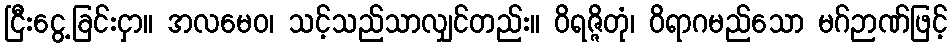
ငြီးငွေ့ခြင်းငှာ။ အလမေဝ၊ သင့်သည်သာလျှင်တည်း။ ဝိရဇ္ဇိတုံ၊ ဝိရာဂမည်သော မဂ်ဉာဏ်ဖြင့်